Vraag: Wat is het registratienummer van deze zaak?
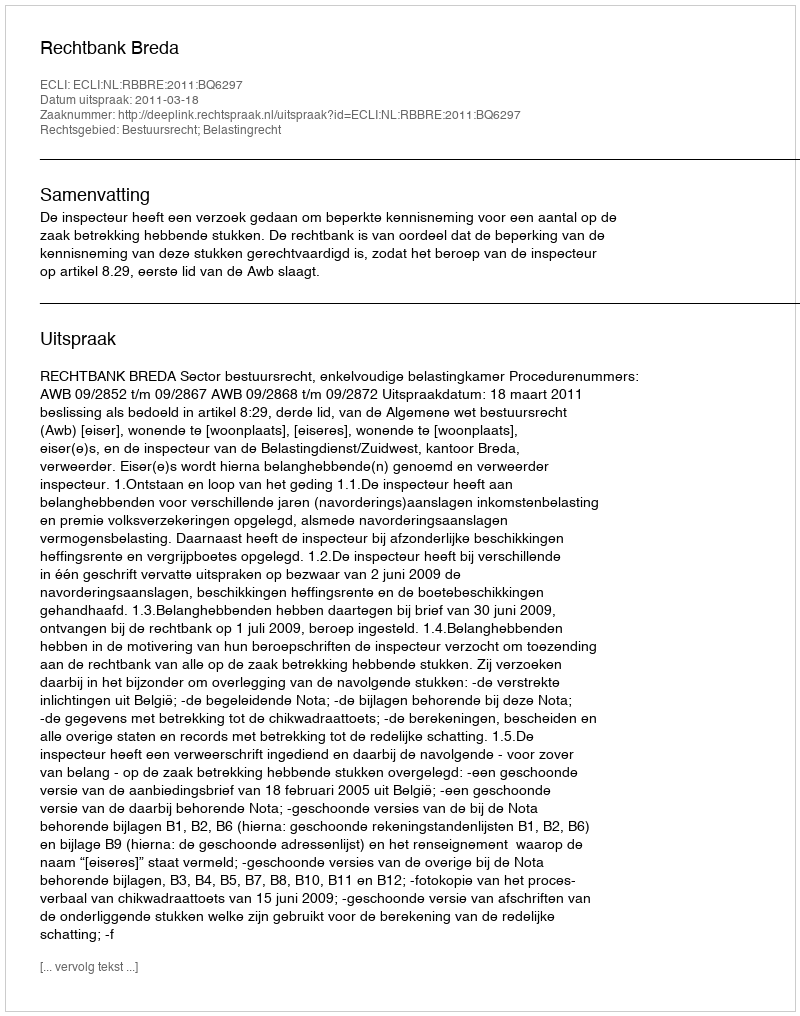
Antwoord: http://deeplink.rechtspraak.nl/uitspraak?id=ECLI:NL:RBBRE:2011:BQ6297